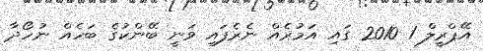
އޭޕްރީލް 1 2010 ގައި އަމުރެއް ނެރެފައި ވަނީ ބޭންކުގެ ބަހެއް ނުހޯދާ